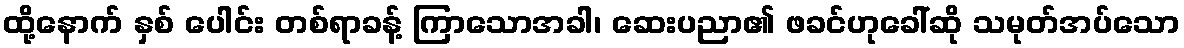
ထို့နောက် နှစ် ပေါင်း တစ်ရာခန့် ကြာသောအခါ၊ ဆေးပညာ၏ ဖခင်ဟုခေါ်ဆို သမုတ်အပ်သော